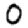
Digit: 0